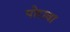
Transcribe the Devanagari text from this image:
पोरावा